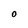
Character: O